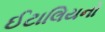
ઈટાલિયનો